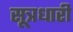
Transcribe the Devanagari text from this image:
सूत्रधारी